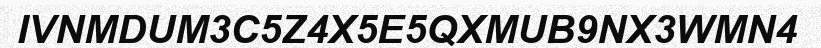
IVNMDUM3C5Z4X5E5QXMUB9NX3WMN4